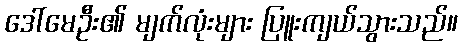
ဒေါ်မေဦး၏ မျက်လုံးများ ပြူးကျယ်သွားသည်။